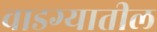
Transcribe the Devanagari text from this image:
वाडग्यातील